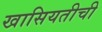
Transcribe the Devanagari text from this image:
खासियतीची